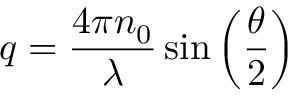
\ q = { \frac { 4 \pi n _ { 0 } } { \lambda } } \sin \left( { \frac { \theta } { 2 } } \right)